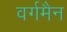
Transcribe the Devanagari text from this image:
वर्गमैन